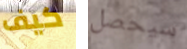
كيف سيحصل